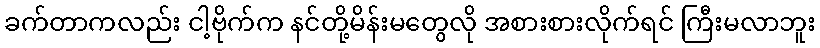
ခက်တာကလည်း ငါ့ဗိုက်က နင်တို့မိန်းမတွေလို အစားစားလိုက်ရင် ကြီးမလာဘူး